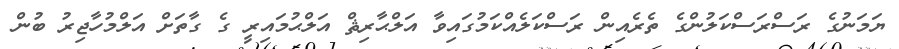
ޔަމަނުގެ ރަސްރަސްކަލުންގެ ތެރެއިން ރަސްކަލެއްކަމުގައިވާ އަލްޙާރިޘް އަލްޙުމައިރީ ގެ ގާތަށް އަލްމުހާޖިރު ބުން